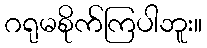
ဂရုမစိုက်ကြပါဘူး။